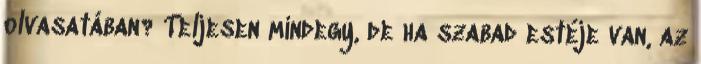
olvasatában? Teljesen mindegy, de ha szabad estéje van, az